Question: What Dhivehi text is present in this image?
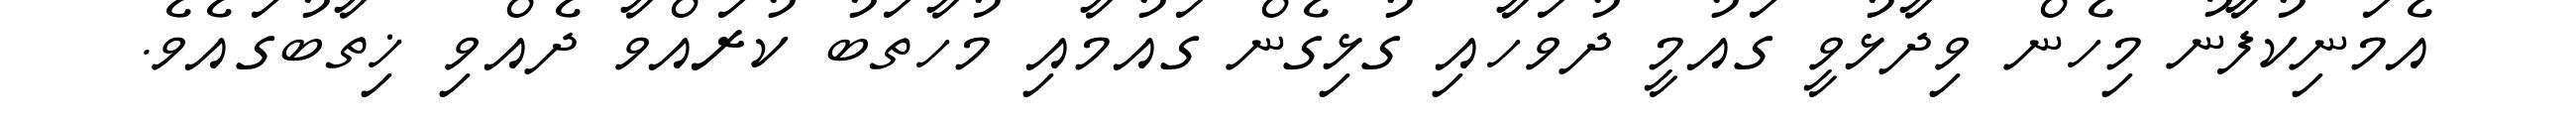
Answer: އެމަނިކުފާނު މިހެން ވިދާޅުވީ ގައުމީ ދުވަހާއި ގުޅިގެން ގައުމާއި މުހާތަބު ކުރައްވާ ދެއްވި ޚިތާބުގައެވެ.